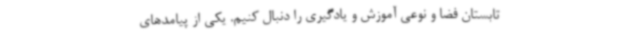
تابستان فضا و نوعی آموزش و یادگیری را دنبال کنیم. یکی از پیامدهای